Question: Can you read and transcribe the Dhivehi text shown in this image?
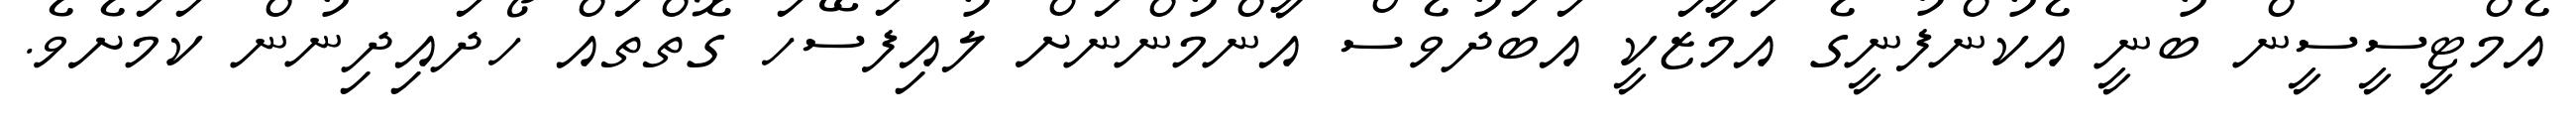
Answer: އެމްޓީސީސީން ބުނީ އެކުންފުނީގެ އަމާޒަކީ އަބަދުވެސް އާންމުންނަށް ލުއިފަސޭހަ ގޮތްތައް ހޯދައިދިނުން ކަމަށެވެ.